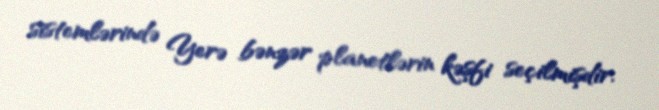
sistemlərində Yerə bənzər planetlərin kəşfi seçilmişdir.